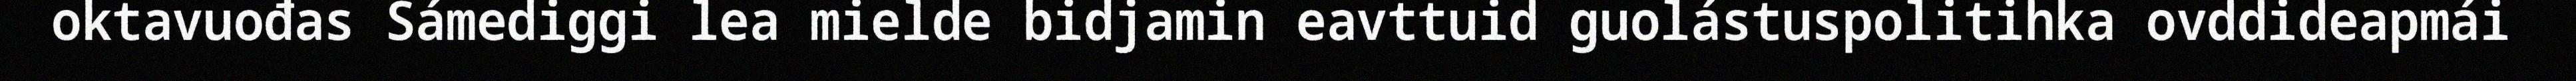
oktavuođas Sámediggi lea mielde bidjamin eavttuid guolástuspolitihka ovddideapmái